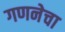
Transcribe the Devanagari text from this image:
गणनेचा